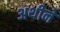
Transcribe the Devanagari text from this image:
अथीने